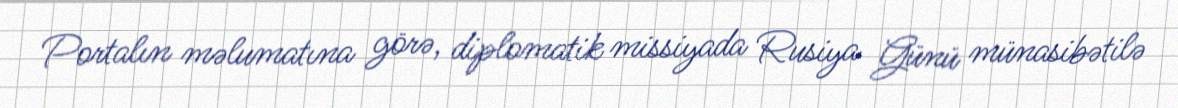
Portalın məlumatına görə, diplomatik missiyada Rusiya Günü münasibətilə